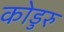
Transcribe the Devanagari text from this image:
कोडुरु